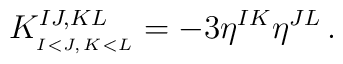
K^{IJ,KL}_{_{I<J,\,K<L}}=-3\eta^{IK}\eta^{JL}\,.